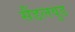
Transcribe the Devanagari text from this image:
सैंडलवुड